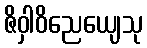
ဇိဝှါဝိညေယျေသု